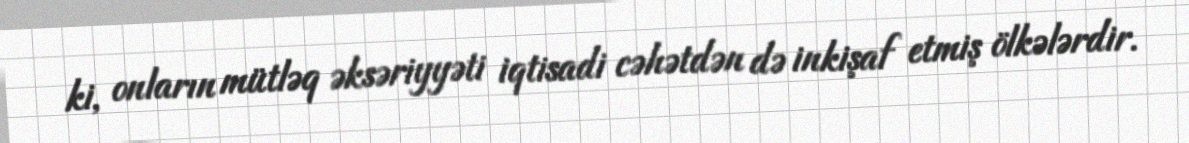
ki, onların mütləq əksəriyyəti iqtisadi cəhətdən də inkişaf etmiş ölkələrdir.